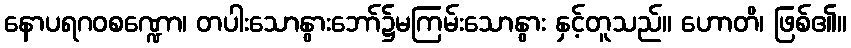
နောပရဂဝစဏ္ဍော၊ တပါးသောနွားဘော်၌မကြမ်းသောနွား နှင့်တူသည်။ ဟောတိ၊ ဖြစ်၏။